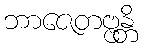
ဘာဇေတဗ္ဗန္တိ